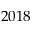
2 0 1 8